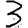
Digit: 3